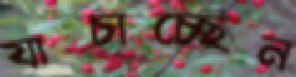
যাচাচ্ছেন